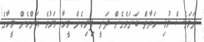
ނަމަވެސް މުޅި ހަޔާތް ބަނަވެގެން ދަނީ ފިރިހެން މީހާ މަރުވެ އަންހެން މީހާގެ